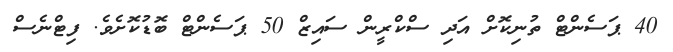
40 ޕަސެންޓް ތުނިކޮށް އަދި ސްކްރީން ސައިޒް 50 ޕަސެންޓް ބޮޑުކޮށެވެ. ފިޓްނެސް